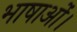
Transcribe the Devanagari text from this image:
भाषाओं।